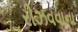
રીઝવવાના